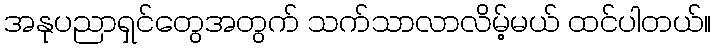
အနုပညာရှင်တွေအတွက် သက်သာလာလိမ့်မယ် ထင်ပါတယ်။